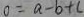
0 = a - b + c